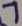
Text: 7